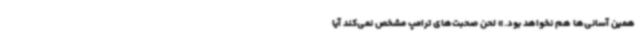
همین آسانی‌ها هم نخواهد بود.» لحن صحبت‌های ترامپ مشخص نمی‌کند آیا